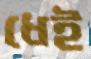
ধেই